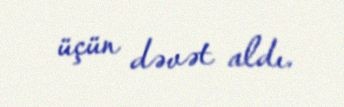
üçün dəvət aldı.